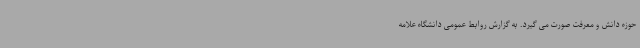
حوزه دانش و معرفت صورت می گیرد. به گزارش روابط عمومی دانشگاه علامه